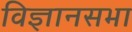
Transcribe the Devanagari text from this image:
विज्ञानसभा